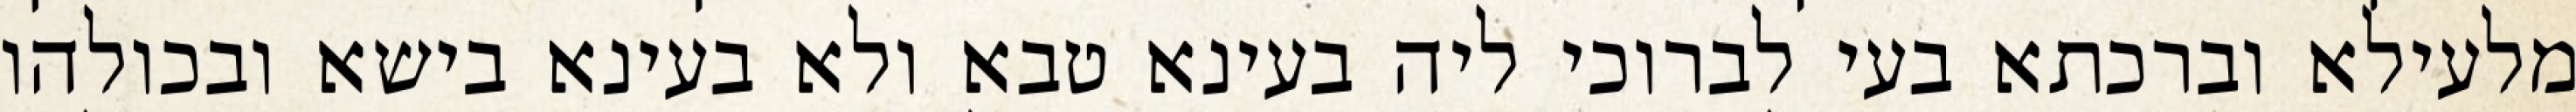
מלעילא וברכתא בעי לברוכי ליה בעינא טבא ולא בעינא בישא ובכולהו